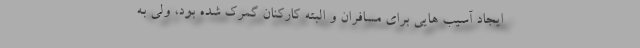
ایجاد آسیب هایی برای مسافران و البته کارکنان گمرک شده بود، ولی به